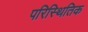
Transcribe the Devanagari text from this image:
परिस्थितिक